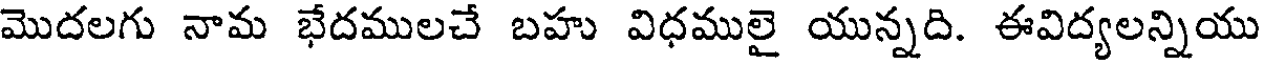
మొదలగు నామ భేదములచే బహు విధములై యున్నది. ఈవిద్యలన్నియు